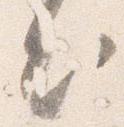
出